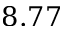
8 . 7 7